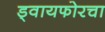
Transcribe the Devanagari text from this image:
ड्वायफोरचा